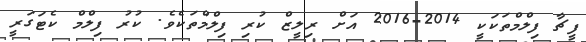
ފީޗާ ފިލްމްތަކަކީ 2014-2016 އަށް ރިލީޒް ކުރި ފިލްމްތަކެވެ. ކުރު ފިލްމް ކެޓަގަރީ